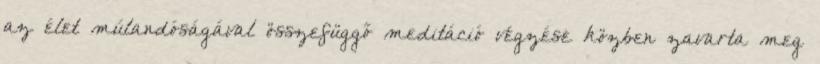
az élet múlandóságával összefüggő meditáció végzése közben zavarta meg